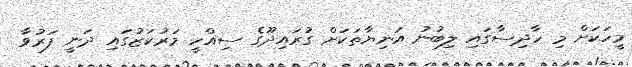
މީހަކަށް މި ހާދިސާގައި ލިބުނު އަނިޔާތަކަށް ގުރައިދޫގެ ސިއްހީ މަރުކަޒުގައި ދަނީ ފަރުވާ